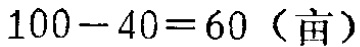
\(100 - 40 = 60 \text{（亩）}\)